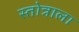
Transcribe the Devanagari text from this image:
स्तोत्राला